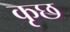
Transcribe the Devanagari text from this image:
कृछ